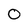
Character: O